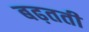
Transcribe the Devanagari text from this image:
बढ़तती